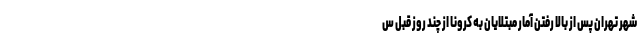
شهر تهران پس از بالا رفتن آمار مبتلایان به کرونا از چند روز قبل س